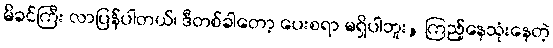
မိခင်ကြီး လာပြန်ပါတယ်၊ ဒီတစ်ခါတော့ ပေးစရာ မရှိပါဘူး, ကြည့်နေသုံးနေတဲ့